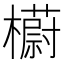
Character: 𣞨